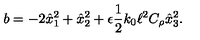
b = - 2 \hat { x } _ { 1 } ^ { 2 } + \hat { x } _ { 2 } ^ { 2 } + \epsilon \frac { 1 } { 2 } k _ { 0 } \ell ^ { 2 } C _ { \rho } \hat { x } _ { 3 } ^ { 2 } .